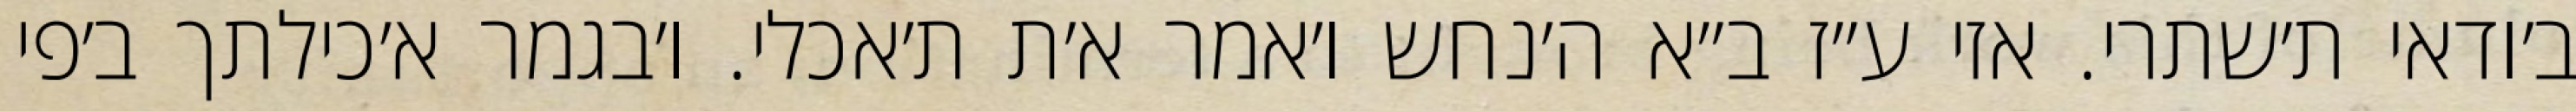
ב׳ודאי ת׳שתרי. אזי ע״ז ב״א ה׳נחש ו׳אמר א׳ת ת׳אכלי. ו׳בגמר א׳כילתך ב׳פי